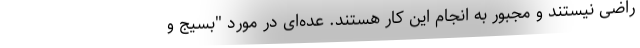
راضی نیستند و مجبور به انجام این کار هستند. عده‌ای در مورد "بسیج و